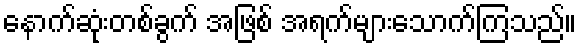
နောက်ဆုံးတစ်ခွက် အဖြစ် အရက်များသောက်ကြသည်။